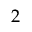
2